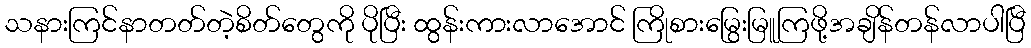
သနားကြင်နာတတ်တဲ့စိတ်တွေကို ပိုပြီး ထွန်းကားလာအောင် ကြိုစားမြွေးမြူကြဖို့အချိန်တန်လာပါပြီ